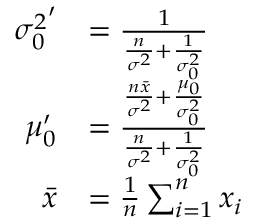
{ \begin{array} { r l } { { \sigma _ { 0 } ^ { 2 } } ^ { \prime } } & { = { \frac { 1 } { { \frac { n } { \sigma ^ { 2 } } } + { \frac { 1 } { \sigma _ { 0 } ^ { 2 } } } } } } \\ { \mu _ { 0 } ^ { \prime } } & { = { \frac { { \frac { n { \bar { x } } } { \sigma ^ { 2 } } } + { \frac { \mu _ { 0 } } { \sigma _ { 0 } ^ { 2 } } } } { { \frac { n } { \sigma ^ { 2 } } } + { \frac { 1 } { \sigma _ { 0 } ^ { 2 } } } } } } \\ { { \bar { x } } } & { = { \frac { 1 } { n } } \sum _ { i = 1 } ^ { n } x _ { i } } \end{array} }